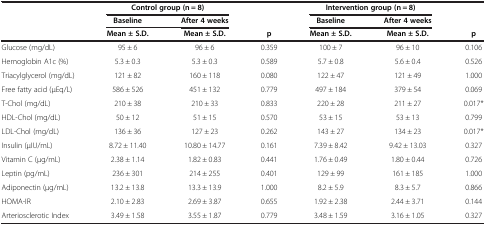
<table><thead><tr><td rowspan="3"><b> </b></td><td colspan="2"><b>Control group (n = 8)</b></td><td><b> </b></td><td colspan="2"><b>Intervention group (n = 8)</b></td><td><b> </b></td></tr><tr><td><b>Baseline</b></td><td><b>After 4 weeks</b></td><td><b> </b></td><td><b>Baseline</b></td><td><b>After 4 weeks</b></td><td><b> </b></td></tr><tr><td><b>Mean ± S.D.</b></td><td><b>Mean ± S.D.</b></td><td><b>p</b></td><td><b>Mean ± S.D.</b></td><td><b>Mean ± S.D.</b></td><td><b>p</b></td></tr></thead><tbody><tr><td>Glucose (mg/dL)</td><td>95 ± 6</td><td>96 ± 6</td><td>0.359</td><td>100 ± 7</td><td>96 ± 10</td><td>0.106</td></tr><tr><td>Hemoglobin A1c (%)</td><td>5.3 ± 0.3</td><td>5.3 ± 0.3</td><td>0.589</td><td>5.7 ± 0.8</td><td>5.6 ± 0.4</td><td>0.526</td></tr><tr><td>Triacylglycerol (mg/dL)</td><td>121 ± 82</td><td>160 ± 118</td><td>0.080</td><td>122 ± 47</td><td>121 ± 49</td><td>1.000</td></tr><tr><td>Free fatty acid (μEq/L)</td><td>586 ± 526</td><td>451 ± 132</td><td>0.779</td><td>497 ± 184</td><td>379 ± 54</td><td>0.069</td></tr><tr><td>T-Chol (mg/dL)</td><td>210 ± 38</td><td>210 ± 33</td><td>0.833</td><td>220 ± 28</td><td>211 ± 27</td><td>0.017*</td></tr><tr><td>HDL-Chol (mg/dL)</td><td>50 ± 12</td><td>51 ± 15</td><td>0.570</td><td>53 ± 15</td><td>53 ± 13</td><td>0.799</td></tr><tr><td>LDL-Chol (mg/dL)</td><td>136 ± 36</td><td>127 ± 23</td><td>0.262</td><td>143 ± 27</td><td>134 ± 23</td><td>0.017*</td></tr><tr><td>Insulin (μIU/mL)</td><td>8.72 ± 11.40</td><td>10.80 ± 14.77</td><td>0.161</td><td>7.39 ± 8.42</td><td>9.42 ± 13.03</td><td>0.327</td></tr><tr><td>Vitamin C (μg/mL)</td><td>2.38 ± 1.14</td><td>1.82 ± 0.83</td><td>0.441</td><td>1.76 ± 0.49</td><td>1.80 ± 0.44</td><td>0.726</td></tr><tr><td>Leptin (pg/mL)</td><td>236 ± 301</td><td>214 ± 255</td><td>0.401</td><td>129 ± 99</td><td>161 ± 185</td><td>1.000</td></tr><tr><td>Adiponectin (μg/mL)</td><td>13.2 ± 13.8</td><td>13.3 ± 13.9</td><td>1.000</td><td>8.2 ± 5.9</td><td>8.3 ± 5.7</td><td>0.866</td></tr><tr><td>HOMA-IR</td><td>2.10 ± 2.83</td><td>2.69 ± 3.87</td><td>0.655</td><td>1.92 ± 2.38</td><td>2.44 ± 3.71</td><td>0.144</td></tr><tr><td>Arteriosclerotic Index</td><td>3.49 ± 1.58</td><td>3.55 ± 1.87</td><td>0.779</td><td>3.48 ± 1.59</td><td>3.16 ± 1.05</td><td>0.327</td></tr></tbody></table>